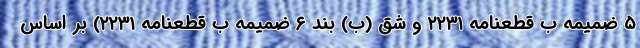
۵ ضمیمه ب قطعنامه ۲۲۳۱ و شق (ب) بند ۶ ضمیمه ب قطعنامه ۲۲۳۱) بر اساس